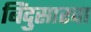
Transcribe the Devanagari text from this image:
बिंदुसारचा